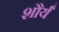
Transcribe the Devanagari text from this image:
शौर्यं